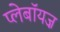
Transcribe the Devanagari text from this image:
प्लेबॉयज़